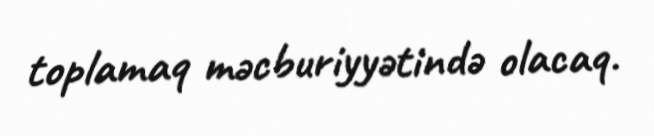
toplamaq məcburiyyətində olacaq.